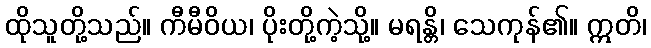
ထိုသူတို့သည်။ ကီမီဝိယ၊ ပိုးတို့ကဲ့သို့။ မရန္တိ၊ သေကုန်၏။ ဣတိ၊